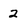
Character: 2